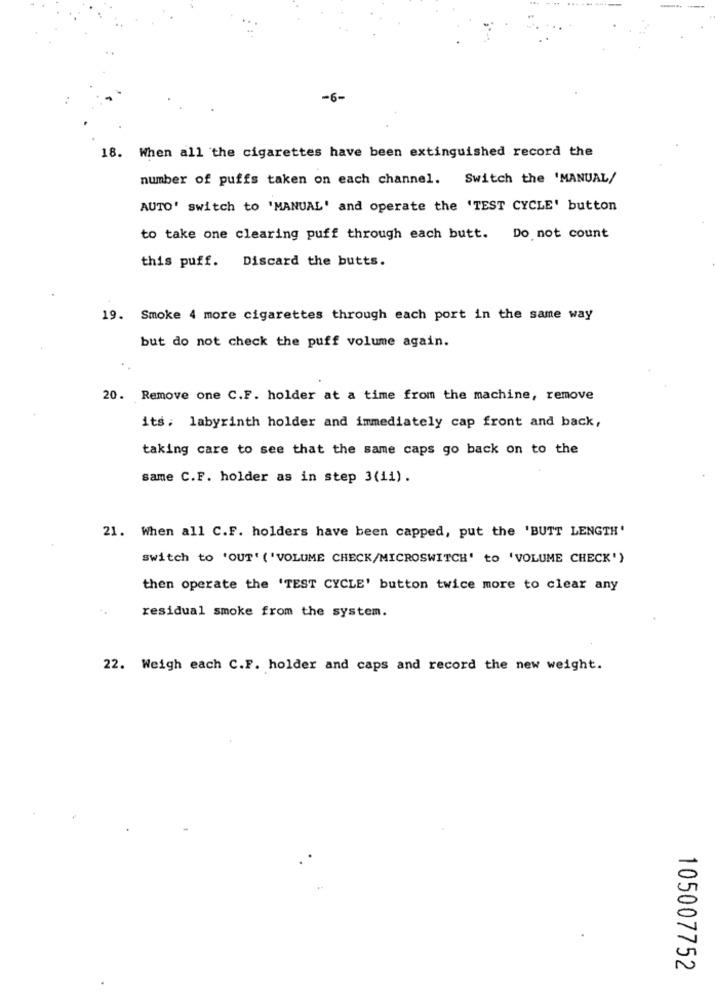
18. When all the cigarettes have been extinguished record the
number of puffs taken on each channel. Switch the 'MANUAL/
AUTO' switch to 'MANUAL' and operate the 'TEST CYCLE' button
to take one clearing puff through each butt. Do not count
Discard the butts.
this puff.
19. Smoke 4 more cigarettes through each port in the same way
but do not check the puff volume again.
20. Remove one C.F. holder at a time from the machine, remove
its, labyrinth holder and immediately cap front and back,
taking care to see that the same caps go back on to the
same C.F. holder as in step 3(ii).
21. When all C.F. holders have been capped, put the 'BUTT LENGTH'
switch to 'OUT' ('VOLUME CHECK/MICROSWITCH' to 'VOLUME CHECK')
then operate the 'TEST CYCLE' button twice more to clear any
residual smoke from the system.
22. Weigh each C.F. holder and caps and record the new weight.
105007752